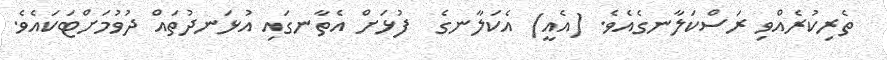
ތެރިކުރެއްވި ރަސްކަލާނގެއެވެ. (އެއީ) އެކަލާނގެ  ފުޅަށް އެތާނގައި އުޅަނދުތައް ދުވުމަށްޓަކައެވެ.